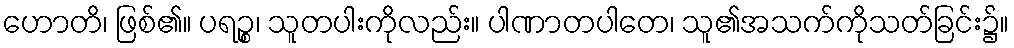
ဟောတိ၊ ဖြစ်၏။ ပရဉ္စ၊ သူတပါးကိုလည်း။ ပါဏာတပါတေ၊ သူ၏အသက်ကိုသတ်ခြင်း၌။